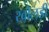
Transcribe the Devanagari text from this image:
खोलड़ी